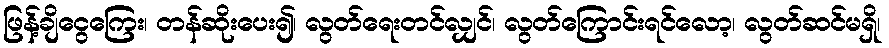
ဖြန့်ချိငွေကြေး၊ တန်ဆိုးပေး၍၊ လွတ်ရေးတင်လျှင်၊ လွတ်ကြောင်းရင်လော့၊ လွတ်ဆင်မရှိ၊